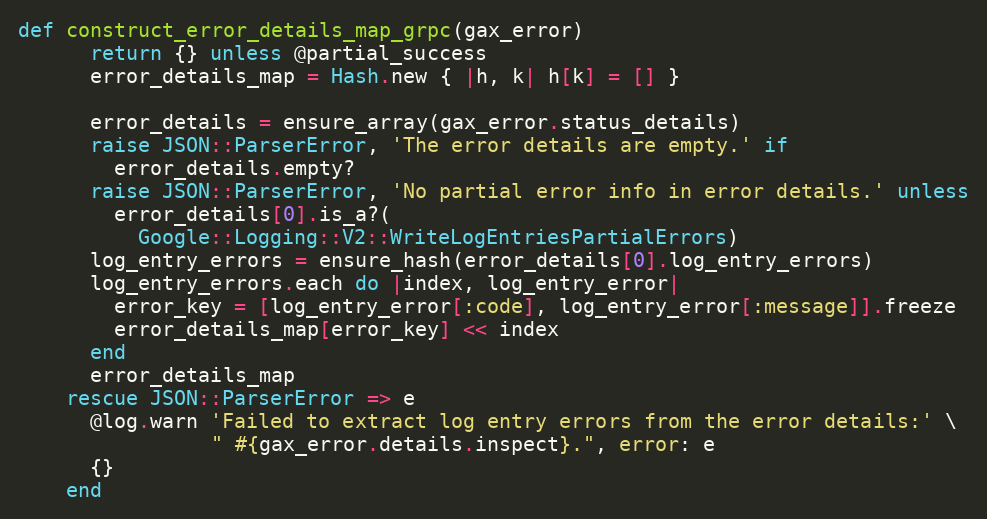
Language: Ruby
def construct_error_details_map_grpc(gax_error)
      return {} unless @partial_success
      error_details_map = Hash.new { |h, k| h[k] = [] }

      error_details = ensure_array(gax_error.status_details)
      raise JSON::ParserError, 'The error details are empty.' if
        error_details.empty?
      raise JSON::ParserError, 'No partial error info in error details.' unless
        error_details[0].is_a?(
          Google::Logging::V2::WriteLogEntriesPartialErrors)
      log_entry_errors = ensure_hash(error_details[0].log_entry_errors)
      log_entry_errors.each do |index, log_entry_error|
        error_key = [log_entry_error[:code], log_entry_error[:message]].freeze
        error_details_map[error_key] << index
      end
      error_details_map
    rescue JSON::ParserError => e
      @log.warn 'Failed to extract log entry errors from the error details:' \
                " #{gax_error.details.inspect}.", error: e
      {}
    end